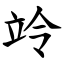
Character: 竛